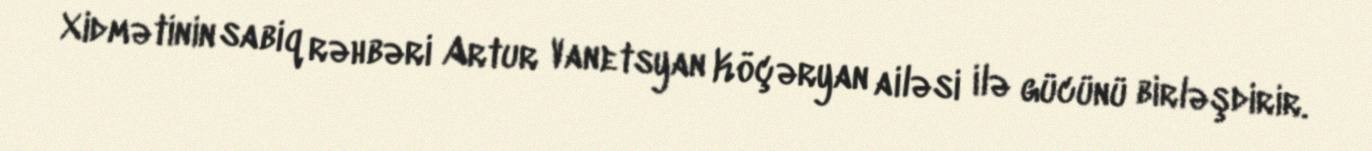
Xidmətinin sabiq rəhbəri Artur Vanetsyan Köçəryan ailəsi ilə gücünü birləşdirir.